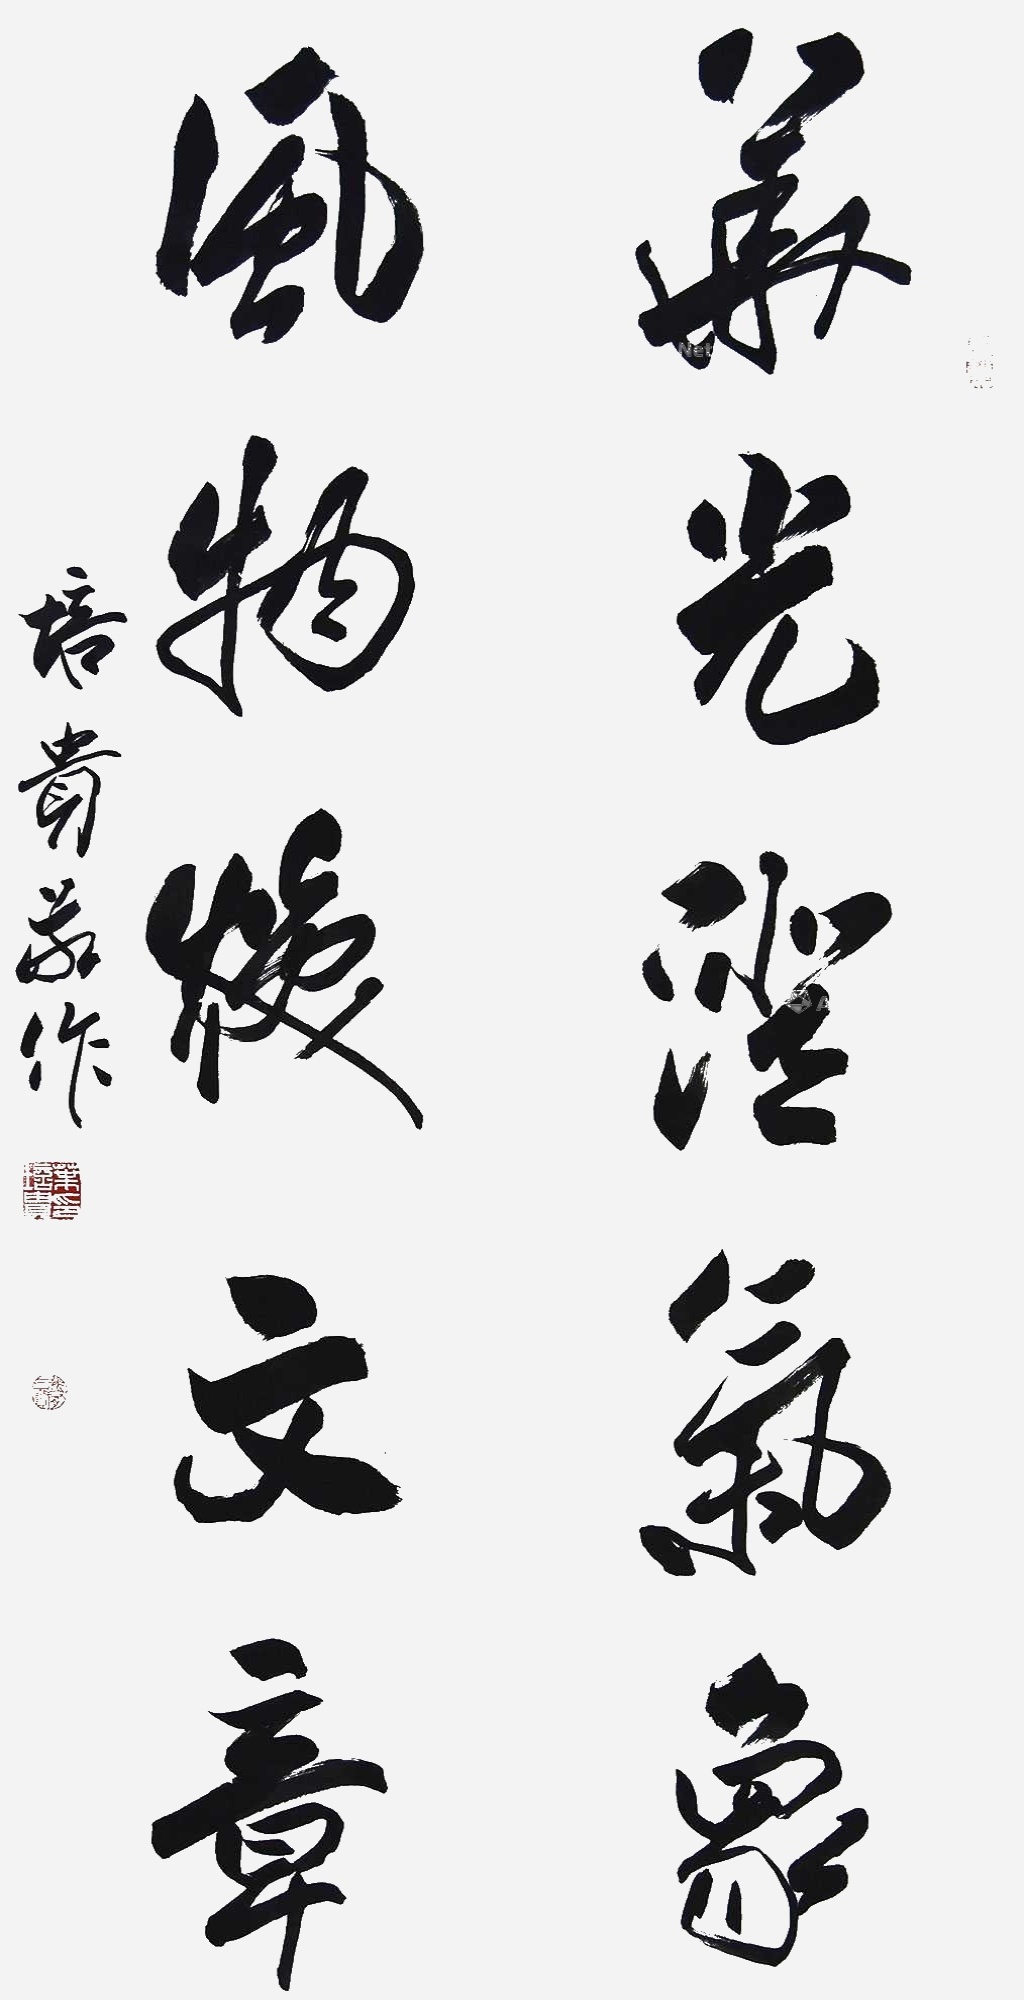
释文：华光澄气象，风物焕文章培贵敬作